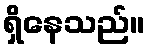
ရှိနေသည်။